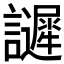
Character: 𧭟